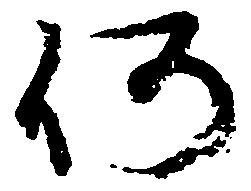
何